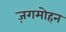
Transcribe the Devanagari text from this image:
ज़गमोहन